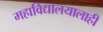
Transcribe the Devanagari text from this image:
महाविद्यालयालाही